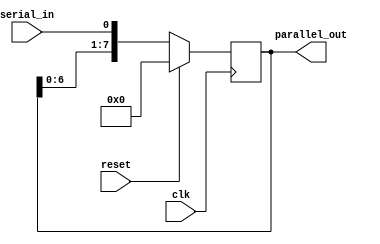
module SIPO (
    input clk,
    input reset,
    input serial_in,
    output reg [7:0] parallel_out
);

reg [7:0] data;

always @(posedge clk) begin
    if (reset) begin
        data <= 8'h00;
    end else begin
        data <= {data[6:0], serial_in};
    end
end

assign parallel_out = data;

endmodule